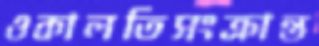
ওকালতিসংক্রান্ত